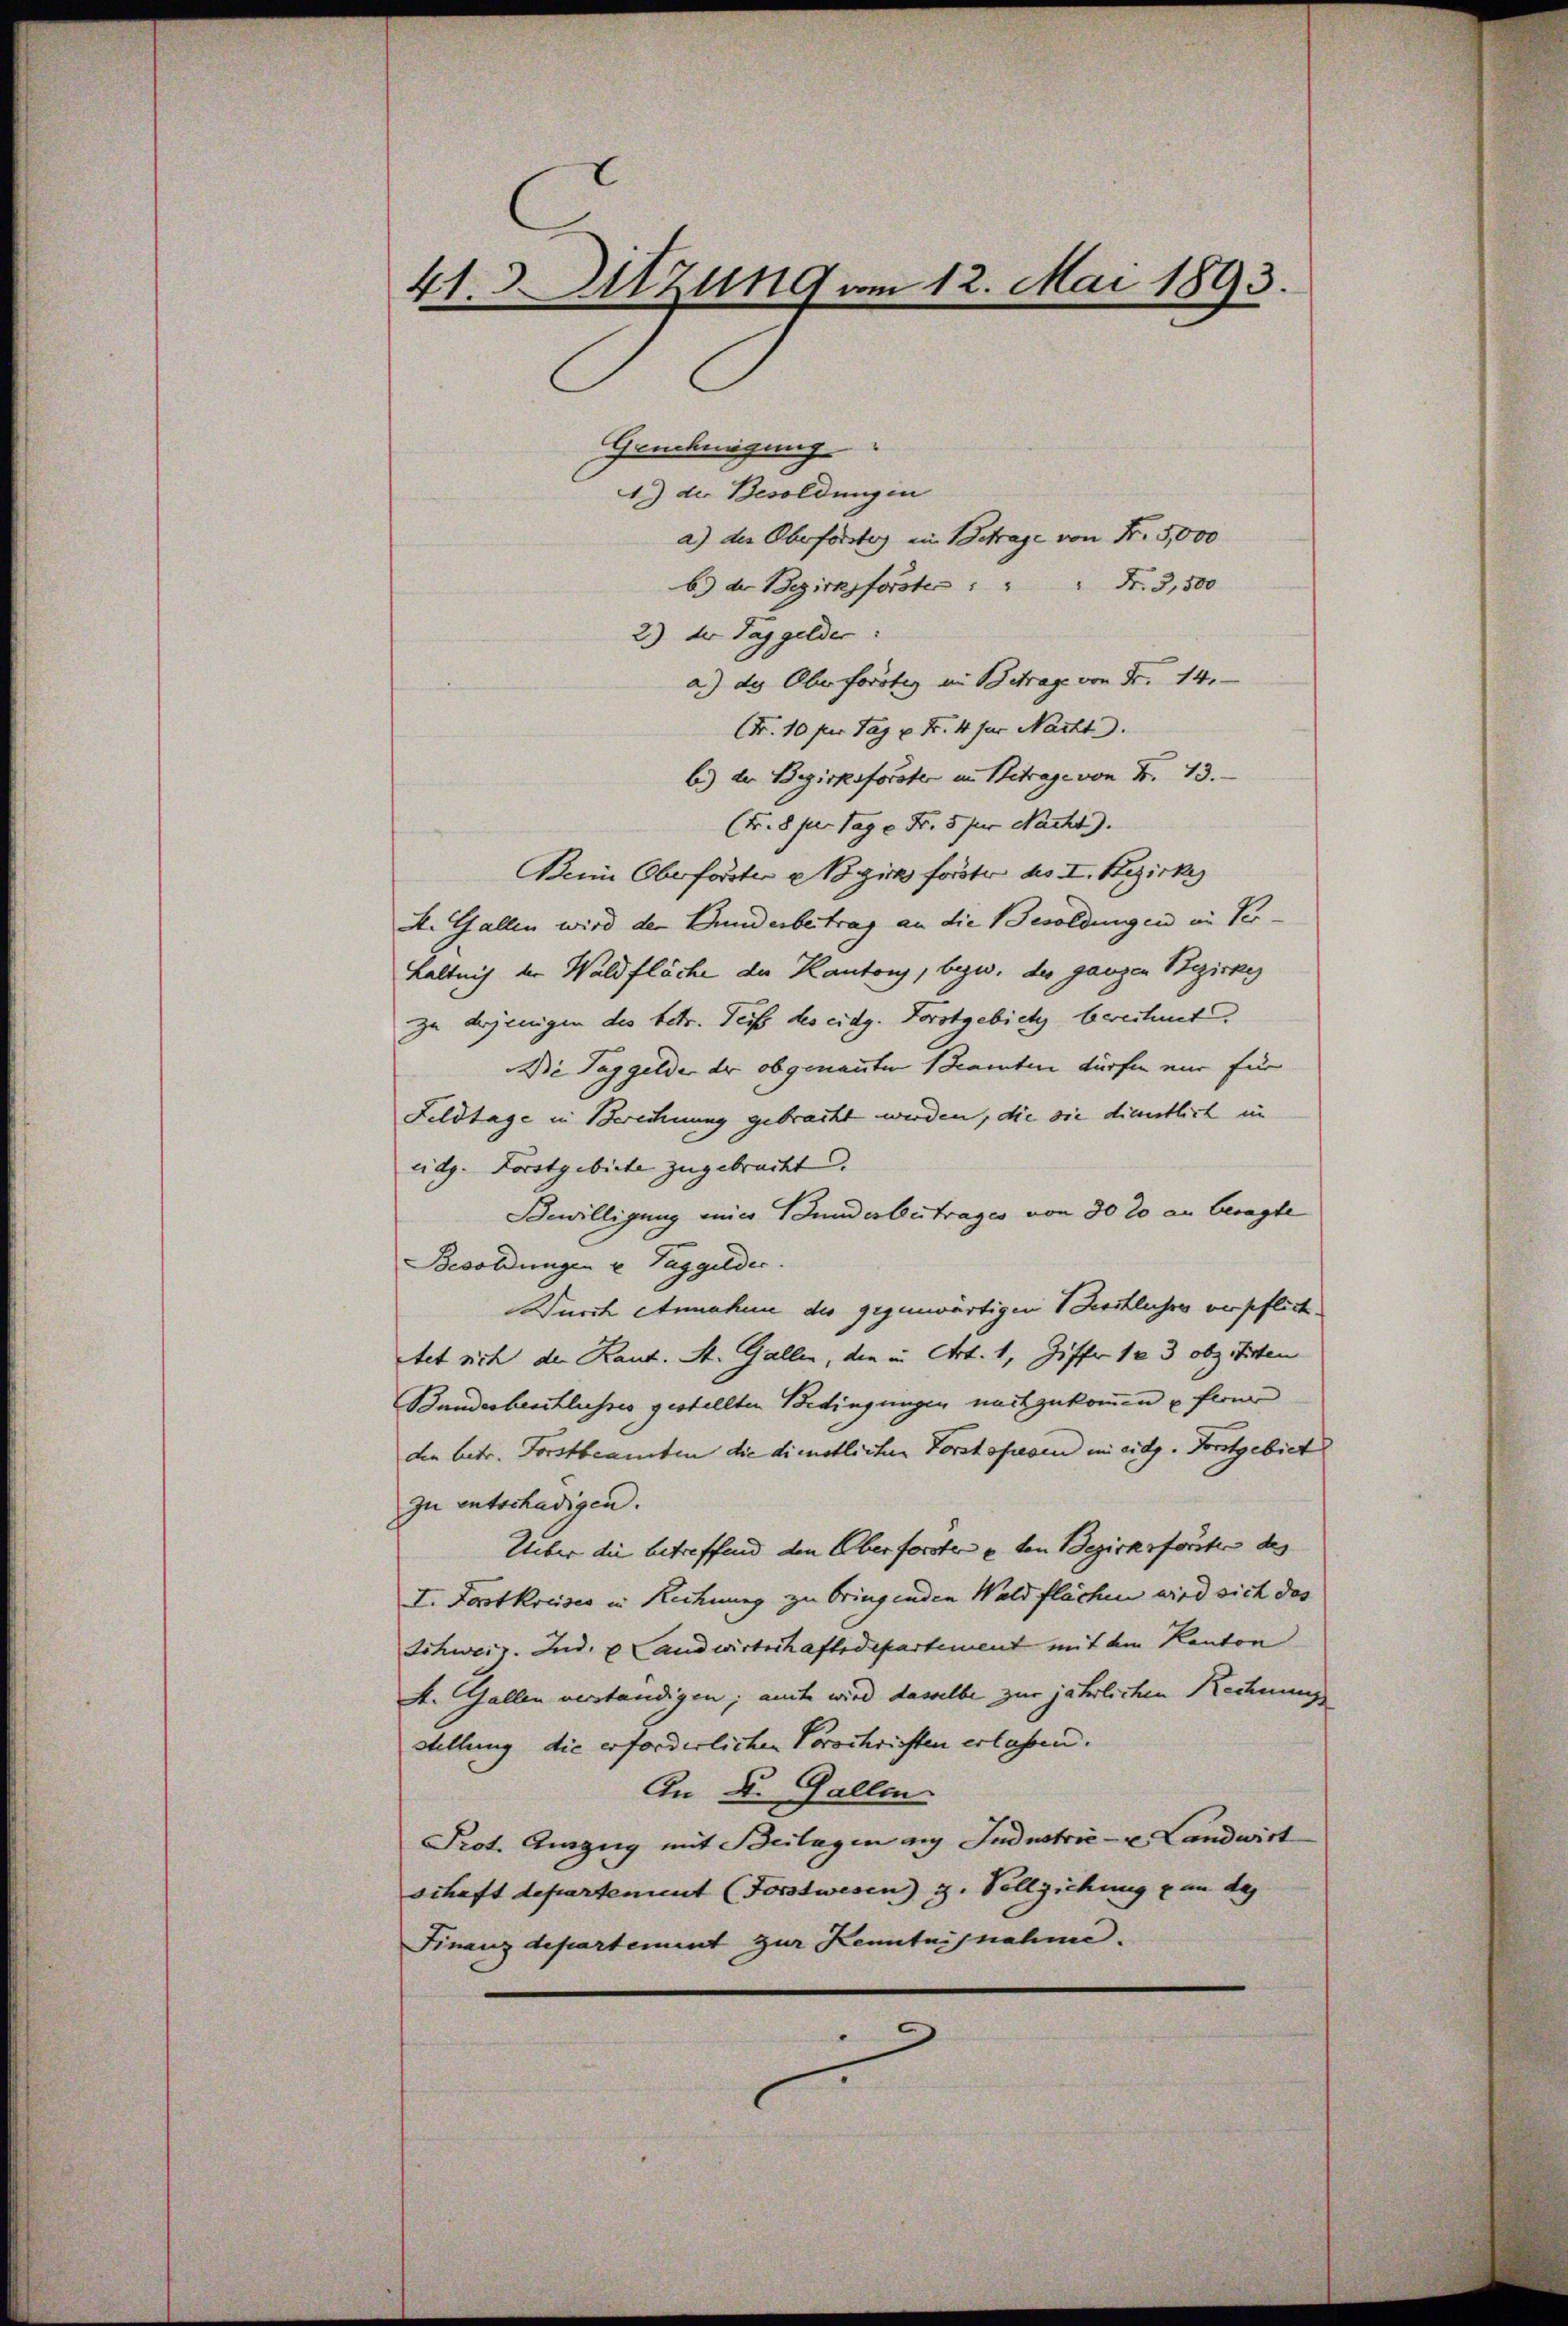
41. Sitzung vom 12. Mai 1893.

Genehmigung
1) der Besoldungen
a) der Oberförster ein Betrage von N. 5,000
b.) der Bezirksforster " " " Fr. 3,500
2.) der Taggelder.
a.) des Oberfortig in Betrage von Fr. 14.
(Fr. 10 pr. Tag u. Fr. 4 für Nacht.
b) der Bezirksforster in Betrage von Fr. 13.
(N. 8 per Tage Fr. 5 per Nacht).
Bein Oberforster Nogicks forster des I. Bezirkes
A. Gallen wird der Bunderbertrag an die Besoldungen in Per-
Laltnis der Waldfläche der Kantons, bezw. der ganzen Bezirke
zu derjenigen des betr. Teil des eidg. Forstgebiet berechnet.
Die Taggelde er obgenannten Beamten dürfen mir für
Feldtage in Berechnung gebracht werden, die die dienstlich in
eidg. Forstgebiete zugebracht.
Bewilligung mir Bunderbetrages von 30 lo an besagte
Besoldungen u. Taggeldec
Durch Annahme der gegenwärtigen Verstliches verpflichtet sich der Kant. St. Gallen, die in Art. 1, Ziffer 123 obz. Mitten
Bundesbeschlusses gestellten Bedingungen nachzukommen u fwer
den betr. Forstbeamten die dienstlichen Vorstopieren mir eidg. Forstgebiet
zu entschädigen.
Ueber die betreffend den Oberforster u. ten Bezirksförster des
I. Fortkreises in Rechnung zu bringenden Waldflächen wird sich das
Schweiz. Ind. v. Landwirtschaftsdepartement mit den Kanton
A. Gallen verständigen; amit wird dasselbe zur jährlichen Rechnung
stellung die erforderlichen Vorschriften erlassen.
An Dr. Gallen
Prot. Auszug mit Beilagen an Industrie - u. Landwirt
schaft departement (Forstwesen z. Vollziehung von des
Finanzdepartement zur Kenntnisnahme.
9